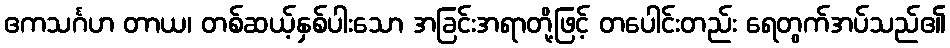
ဧကသင်္ဂဟ တာယ၊ တစ်ဆယ့်နှစ်ပါးသော အခြင်းအရာတို့ဖြင့် တပေါင်းတည်း ရေတွက်အပ်သည်၏